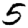
Digit: 5